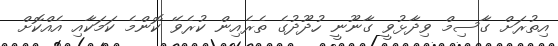
އިތުރަށް ގާސިމް ވިދާޅުވީ ގާނޫނީ ހުދޫދުގެ ތެރެއިން ކުރެވޭ ކޮންމެ ކަމަކާއި އެއްކޮށް